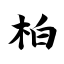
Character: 柏